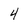
Character: 4